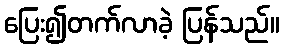
ပြေး၍တက်လာခဲ့ ပြန်သည်။